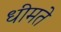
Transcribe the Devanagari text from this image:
धीमते